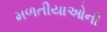
મળતીયાઓની